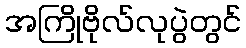
အကြိုဗိုလ်လုပွဲတွင်